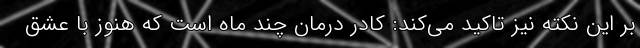
بر این نکته نیز تاکید می‌کند: کادر درمان چند ماه است که هنوز با عشق